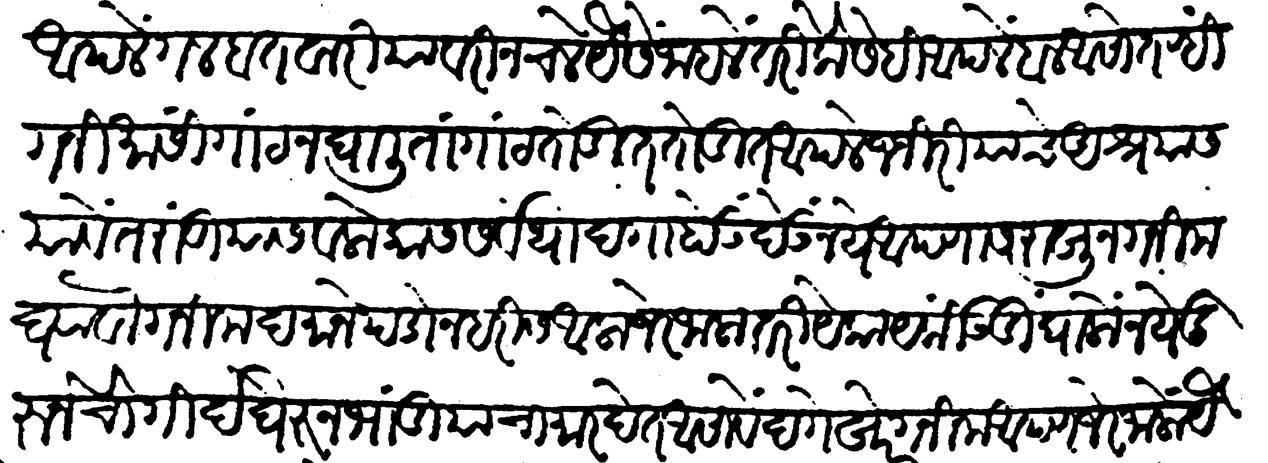
Transliteration (Devanagari): आपले गलबत वारियावरी न चले यैसें जाहले तरी कैसे ही आपलें बळ आसो तऱ्ही गनिमासी गाठ न घालिता गाठ तोडीत तोडीत आपले जंजिरियाचे आश्रयास याचे तरांडीयास व लोकांस सर्वथा दगा होऊं नये आपणास राखून गनीम घ्यावा गनीम दमाने पडोन हारीस आला जेर जाला तरी येकायकीं उडी घालों नये दुरुन चौगीर्द घेरून भांडियांचा मार देत असावें दगेखोर गनीम आपण जेर जालों यैसें